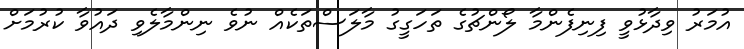
އުމަރު ވިދާޅުވީ ފިނިފެންމާ ލޯންޗުގެ ތަހަގީގު މާލަސްތަކެއް ނުވެ ނިންމާލެވި ދައުވާ ކުރުމަށް